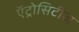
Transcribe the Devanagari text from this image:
ऍट्रोसिटीज